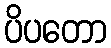
ပိပတော